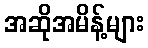
အဆိုအမိန့်များ